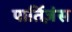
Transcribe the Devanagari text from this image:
पार्तिज़ंस